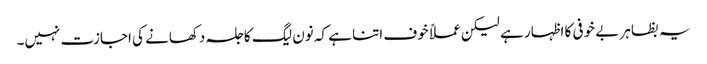
یہ بظاہر بے خوفی کا اظہار ہے لیکن عملاً خوف اتنا ہے کہ نون لیگ کا جلسہ دکھانے کی اجازت نہیں۔